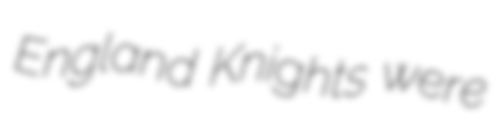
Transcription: England Knights were